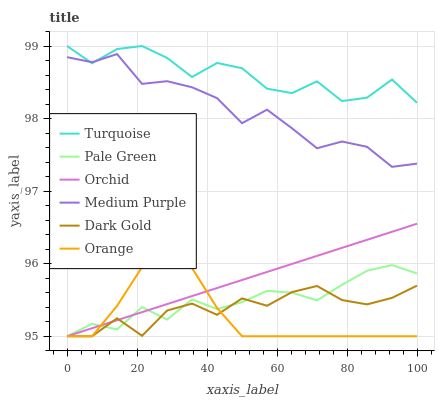
| xaxis_label | Turquoise | Pale Green | Orchid | Medium Purple | Dark Gold | Orange |
 | --- | --- | --- | --- | --- | --- | --- |
 | 0 | 99 | 95 | 95 | 98.8 | 95 | 95 |
 | 7.14 | 98.8 | 95.2 | 95.1 | 98.8 | 95 | 95 |
 | 14.3 | 99 | 95.1 | 95.2 | 98.9 | 95.2 | 95.4 |
 | 21.4 | 99 | 95.4 | 95.3 | 98.5 | 95 | 96 |
 | 28.6 | 98.8 | 95.2 | 95.4 | 98.5 | 95.4 | 96.1 |
 | 35.7 | 98.6 | 95.5 | 95.6 | 98.4 | 95.5 | 95.9 |
 | 42.9 | 98.8 | 95.4 | 95.7 | 98.3 | 95.3 | 95.4 |
 | 50 | 98.7 | 95.5 | 95.8 | 97.9 | 95.5 | 95 |
 | 57.1 | 98.4 | 95.6 | 95.9 | 98.1 | 95.4 | 95 |
 | 64.3 | 98.4 | 95.6 | 96 | 97.9 | 95.6 | 95 |
 | 71.4 | 98.5 | 95.5 | 96.1 | 97.6 | 95.7 | 95 |
 | 78.6 | 98.2 | 95.7 | 96.2 | 97.7 | 95.5 | 95 |
 | 85.7 | 98.3 | 95.9 | 96.3 | 97.6 | 95.4 | 95 |
 | 92.9 | 98.5 | 96 | 96.4 | 97.3 | 95.5 | 95 |
 | 100 | 98.2 | 95.9 | 96.6 | 97.4 | 95.7 | 95 |